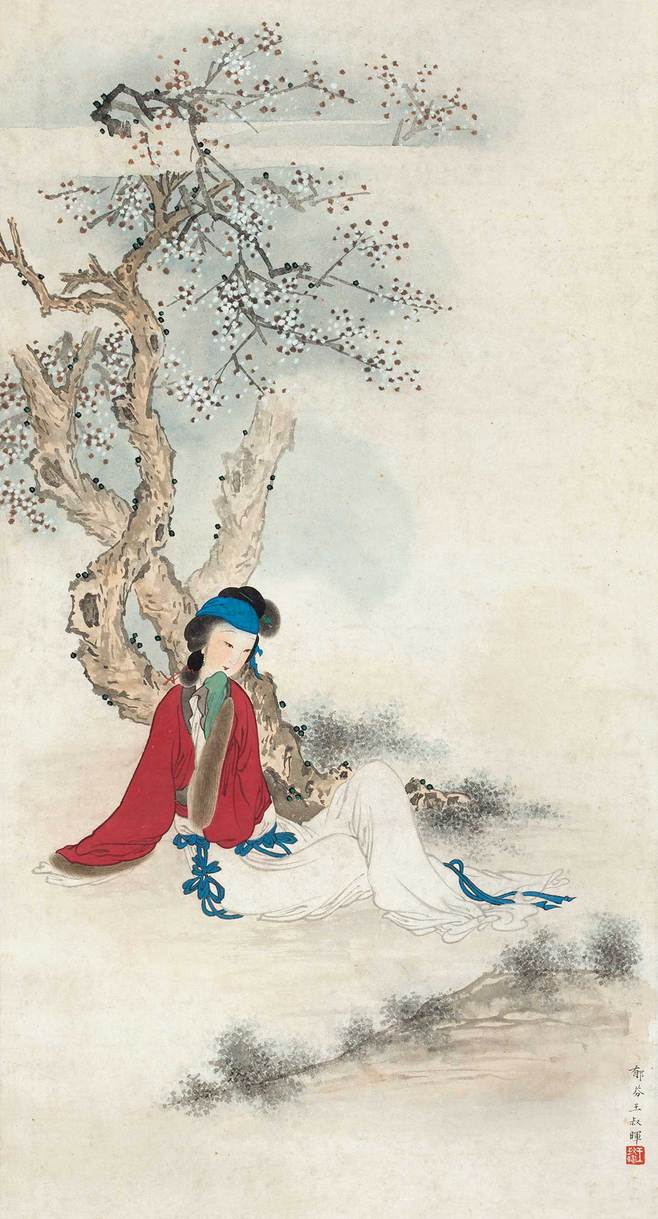
昨夜风开露井桃，未央前殿月轮高。